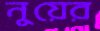
নুয়ের